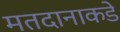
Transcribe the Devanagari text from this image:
मतदानाकडे